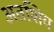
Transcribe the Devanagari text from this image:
अतशिय